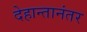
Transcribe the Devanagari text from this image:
देहान्तानंतर